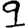
Digit: 9